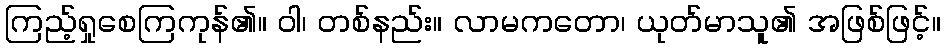
ကြည့်ရှုစေကြကုန်၏။ ဝါ၊ တစ်နည်း။ လာမကတော၊ ယုတ်မာသူ၏ အဖြစ်ဖြင့်။